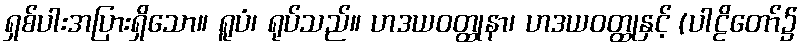
ရှစ်ပါးအပြားရှိသော။ ရူပံ၊ ရုပ်သည်။ ဟဒယဝတ္ထုနာ၊ ဟဒယဝတ္ထုနှင့် (ပါဠိတော်၌